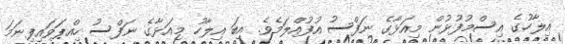
އިލާހުގެ އިސްމުފުޅުން މިއަޅާގެ ނަފްސު އުފުއްލަމެވެ. އިބަ އިލާހު މިއަޅާގެ ނަފްސު ހިއްޕަވައިފިނަމަ